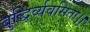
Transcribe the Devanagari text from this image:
बुद्धिर्व्यवसिता।।